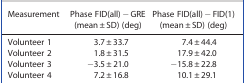
<table><thead><tr><td><b>Measurement</b></td><td><b>Phase FID(all) − GRE (mean ± SD) (deg)</b></td><td><b>Phase FID(all) − FID(1) (mean ± SD) (deg)</b></td></tr></thead><tbody><tr><td>Volunteer 1</td><td>3.7 ± 33.7</td><td>7.4 ± 44.4</td></tr><tr><td>Volunteer 2</td><td>1.8 ± 31.5</td><td>17.9 ± 42.0</td></tr><tr><td>Volunteer 3</td><td>−3.5 ± 21.0</td><td>−15.8 ± 22.8</td></tr><tr><td>Volunteer 4</td><td>7.2 ± 16.8</td><td>10.1 ± 29.1</td></tr></tbody></table>